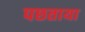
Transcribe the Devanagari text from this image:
पछताया